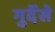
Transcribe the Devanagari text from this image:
गुर्देसे